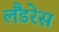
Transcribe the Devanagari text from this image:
लैंडरेस